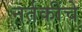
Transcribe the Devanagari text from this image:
नर्तकींचे